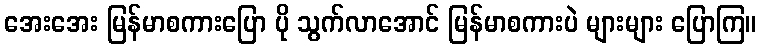
အေးအေး မြန်မာစကားပြော ပို သွက်လာအောင် မြန်မာစကားပဲ များများ ပြောကြ။